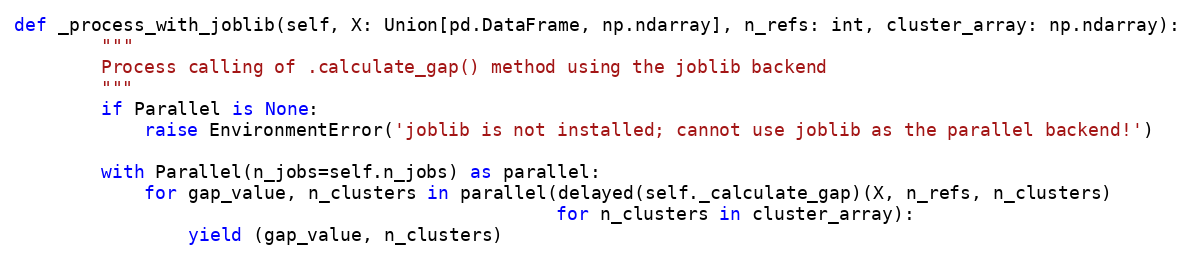
Language: Python
def _process_with_joblib(self, X: Union[pd.DataFrame, np.ndarray], n_refs: int, cluster_array: np.ndarray):
        """
        Process calling of .calculate_gap() method using the joblib backend
        """
        if Parallel is None:
            raise EnvironmentError('joblib is not installed; cannot use joblib as the parallel backend!')

        with Parallel(n_jobs=self.n_jobs) as parallel:
            for gap_value, n_clusters in parallel(delayed(self._calculate_gap)(X, n_refs, n_clusters)
                                                  for n_clusters in cluster_array):
                yield (gap_value, n_clusters)